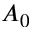
A _ { 0 }